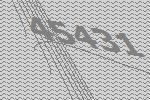
45431